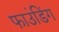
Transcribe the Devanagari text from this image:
फाउंडिंग